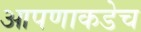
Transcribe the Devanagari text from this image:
आपणाकडेच